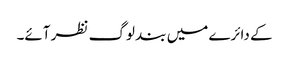
کے دائرے میں بند لوگ نظر آئے۔